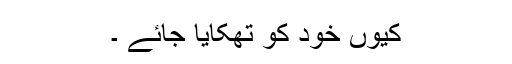
کیوں خود کو تھکایا جائے ۔